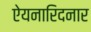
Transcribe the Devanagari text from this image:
ऐयनारिदनार